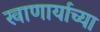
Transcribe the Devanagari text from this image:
खाणार्याच्या